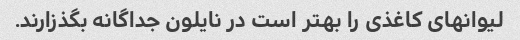
لیوانهای کاغذی را بهتر است در نایلون جداگانه بگذزارند.